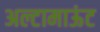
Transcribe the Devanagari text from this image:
अल्टामाऊंट